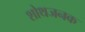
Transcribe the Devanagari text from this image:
शोथजनक